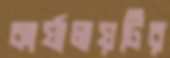
কার্যালয়টির